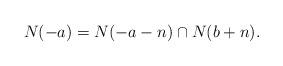
LaTeX: \begin{align*}N(-a)=N(-a-n)\cap N(b+n).\end{align*}